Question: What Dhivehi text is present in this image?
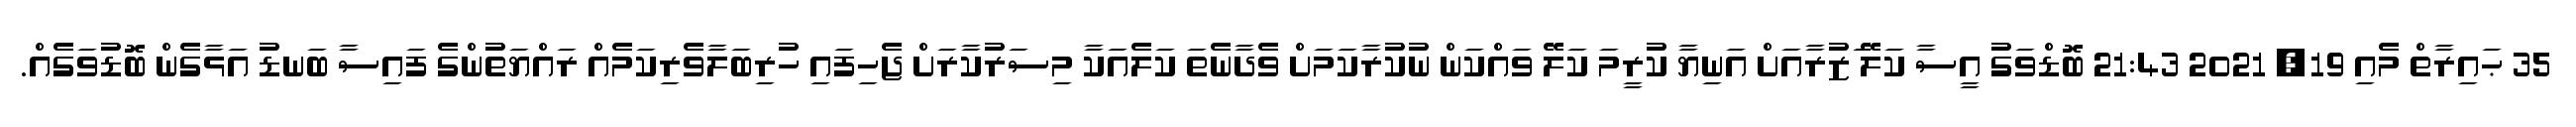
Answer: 35 ޙައިރާތް މެއި 19, 2021 21:43 ބޮޑްވަގު އީސާ ކަލޭ ަޒުރާއަށް އަނިޔާ ކުރީމަ ކަލޭ ވައްކަން ނުކުރާކަމަށް ވެދާނެތަ ކަލެއަކާ މިސަރުކާރަށް ޖެހިފައި ހުރިބަލާވެރިކަމެއް ރައްޔަތުންގެ ފައިސާ ބަނޑު އަޅާގެން ބޮޑުވަގެއް.